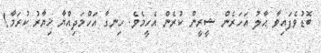
ބޮޑުވެފައިވާ ޙާލު އަހަރެން ޝީރީން ކުރެން އެހީމެވެ. ހިނގާ އަހްމަދިއްޔާ ޚިޔާރު ކުރަމާ!